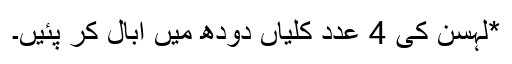
*لہسن کی 4 عدد کلیاں دودھ میں ابال کر پئیں۔